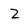
Character: Z